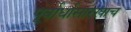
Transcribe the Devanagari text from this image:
पूर्वार्धासारखाच